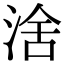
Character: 涻